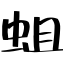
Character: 蛆